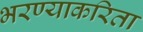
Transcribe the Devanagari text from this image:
भरण्याकरिता